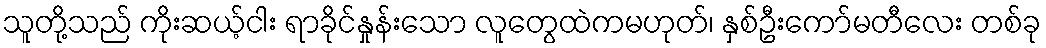
သူတို့သည် ကိုးဆယ့်ငါး ရာခိုင်နှုန်းသော လူတွေထဲကမဟုတ်၊ နှစ်ဦးကော်မတီလေး တစ်ခု